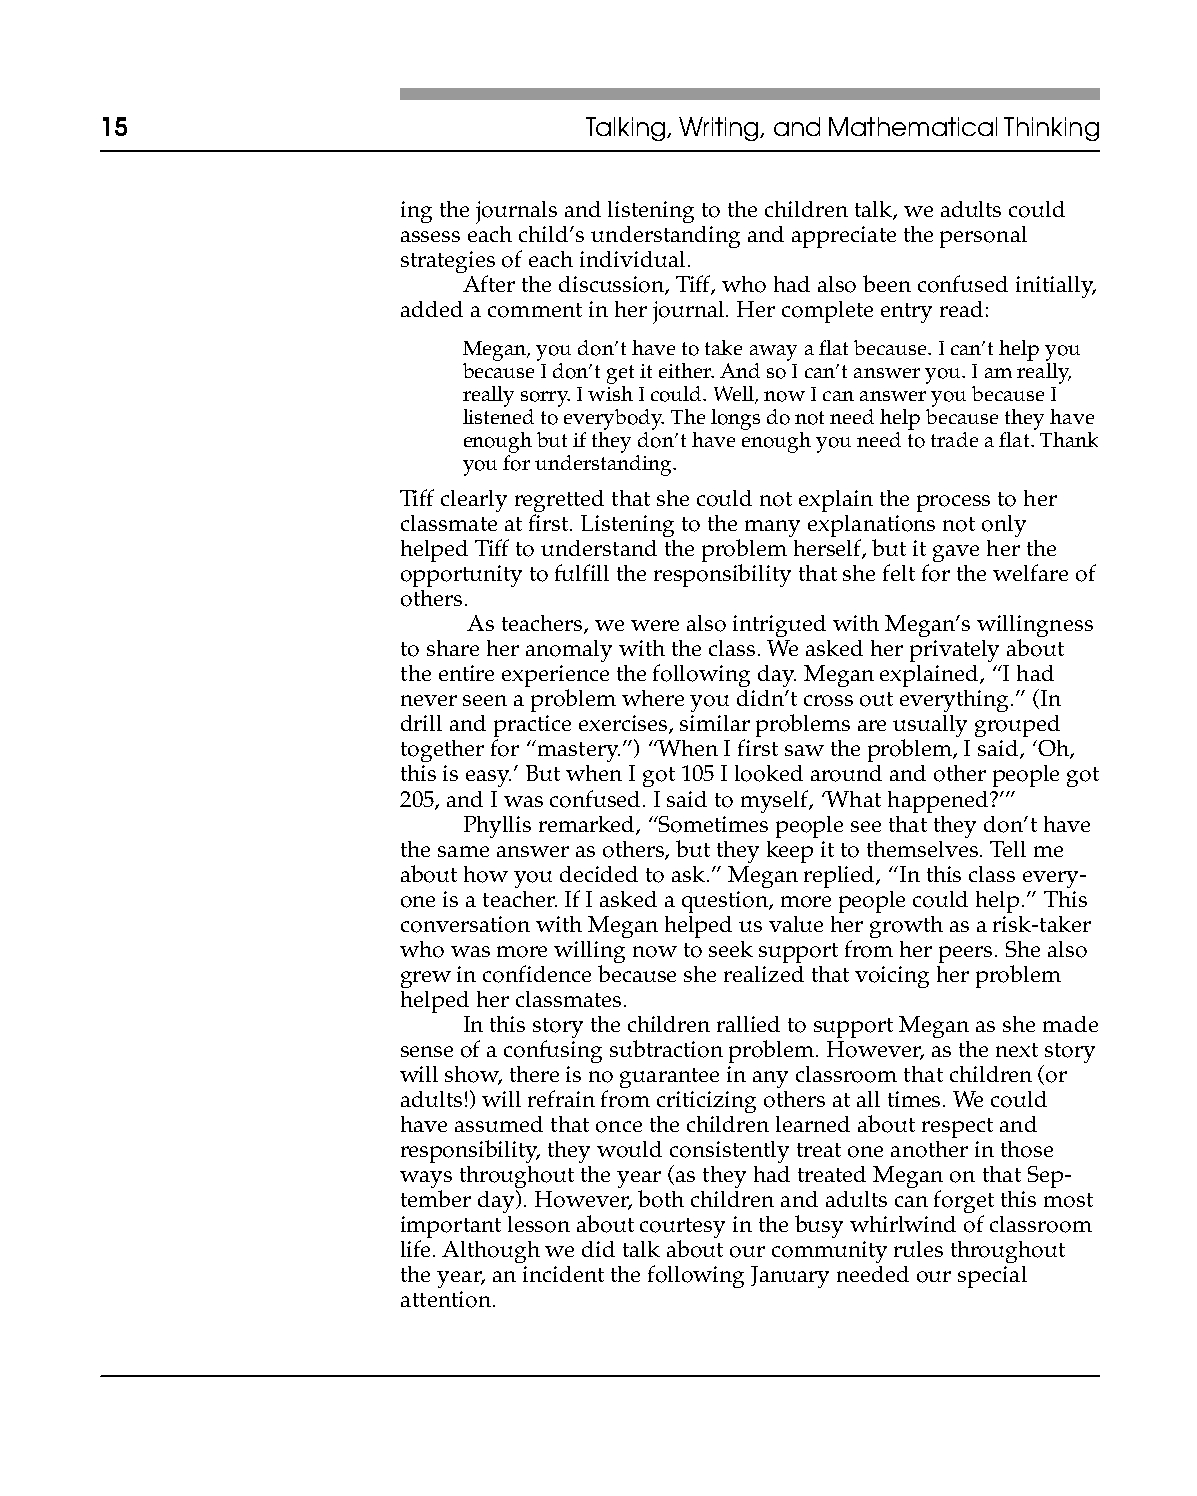
15                              Talking, Writing, and Mathematical Thinking
 ing the journals and listening to the children talk, we adults could
 assess each child’s understanding and appreciate the personal
 strategies of each individual.
 After the discussion, Tiff, who had also been confused initially,
 added a comment in her journal. Her complete entry read:
 Megan, you don’t have to take away a flat because. I can’t help you
 because I don’t get it either. And so I can’t answer you. I am really,
 really sorry. I wish I could. Well, now I can answer you because I
 listened to everybody. The longs do not need help because they have
 enough but if they don’t have enough you need to trade a flat. Thank
 you for understanding.
 Tiff clearly regretted that she could not explain the process to her
 classmate at first. Listening to the many explanations not only
 helped Tiff to understand the problem herself, but it gave her the
 opportunity to fulfill the responsibility that she felt for the welfare of
 others.
 As teachers, we were also intrigued with Megan’s willingness
 to share her anomaly with the class. We asked her privately about
 the entire experience the following day. Megan explained, “I had
 never seen a problem where you didn’t cross out everything.” (In
 drill and practice exercises, similar problems are usually grouped
 together for “mastery.”) “When I first saw the problem, I said, ‘Oh,
 this is easy.’ But when I got 105 I looked around and other people got
 205, and I was confused. I said to myself, ‘What happened?’”
 Phyllis remarked, “Sometimes people see that they don’t have
 the same answer as others, but they keep it to themselves. Tell me
 about how you decided to ask.” Megan replied, “In this class every-
 one is a teacher. If I asked a question, more people could help.” This
 conversation with Megan helped us value her growth as a risk-taker
 who was more willing now to seek support from her peers. She also
 grew in confidence because she realized that voicing her problem
 helped her classmates.
 In this story the children rallied to support Megan as she made
 sense of a confusing subtraction problem. However, as the next story
 will show, there is no guarantee in any classroom that children (or
 adults!) will refrain from criticizing others at all times. We could
 have assumed that once the children learned about respect and
 responsibility, they would consistently treat one another in those
 ways throughout the year (as they had treated Megan on that Sep-
 tember day). However, both children and adults can forget this most
 important lesson about courtesy in the busy whirlwind of classroom
 life. Although we did talk about our community rules throughout
 the year, an incident the following January needed our special
 attention.
 001-17            15                            1/5/03, 10:21 PM